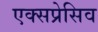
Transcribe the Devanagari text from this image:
एक्सप्रेसिव